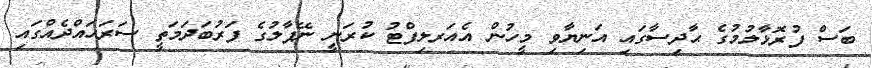
ބަސް ފުރޮޅާލުމުގެ ޙާދިސާގައި އަނިޔާވި މީހުން އެއަރލިފްޓު ކުރަނީ ނޭޕާލުގެ ފަރުބަދަމަތީ ސަރަޙައްދެއްގައި